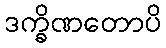
ဒက္ခိဏတောပိ